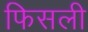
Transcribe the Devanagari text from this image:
फिसली